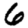
Digit: 6